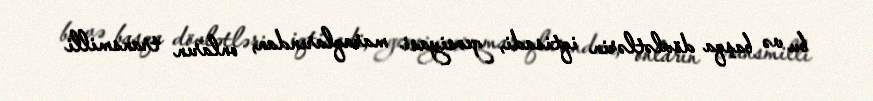
bu və başqa dövlətlərin iqtisadi, geosiyasi maraqlarından, onların transmilli